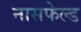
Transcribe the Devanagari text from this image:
नासफेल्ड